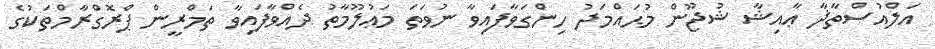
އަލްއުސްތާޛާ ޢާއިޝާ ޝުޖޫން މުޙައްމަދު ހިންގަވާފައިވާ ނުވަތަ މަޢުލޫމާތު ދެއްވާފައިވާ ތަމްރީން ޕްރޮގްރާމްތަކުގެ